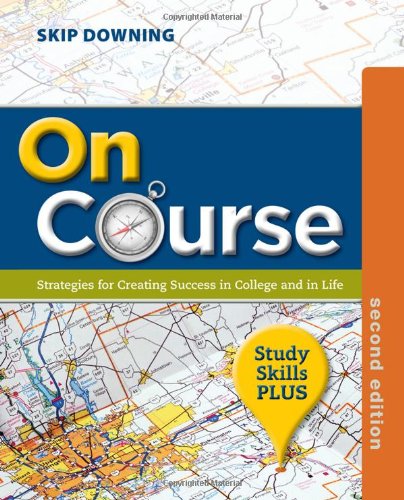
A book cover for On Course: Strategies for Creating Success in College and in Life, 2nd Edition; Skip Downing; Test Preparation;